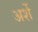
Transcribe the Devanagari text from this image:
अर्शे